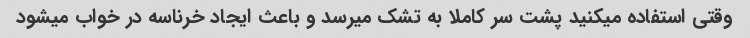
وقتی استفاده میکنید پشت سر کاملا به تشک میرسد و باعث ایجاد خرناسه در خواب میشود